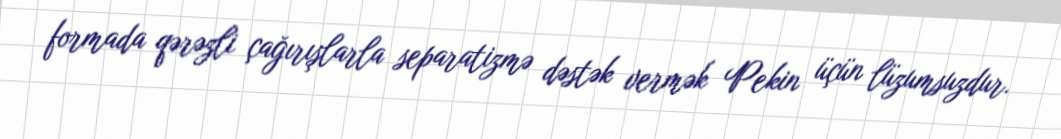
formada qərəzli çağırışlarla separatizmə dəstək vermək Pekin üçün lüzumsuzdur.